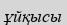
ұйқысы